Annual statistical returns and brief notes on vaccination in Bengal - 1887-1898
Year: 1887
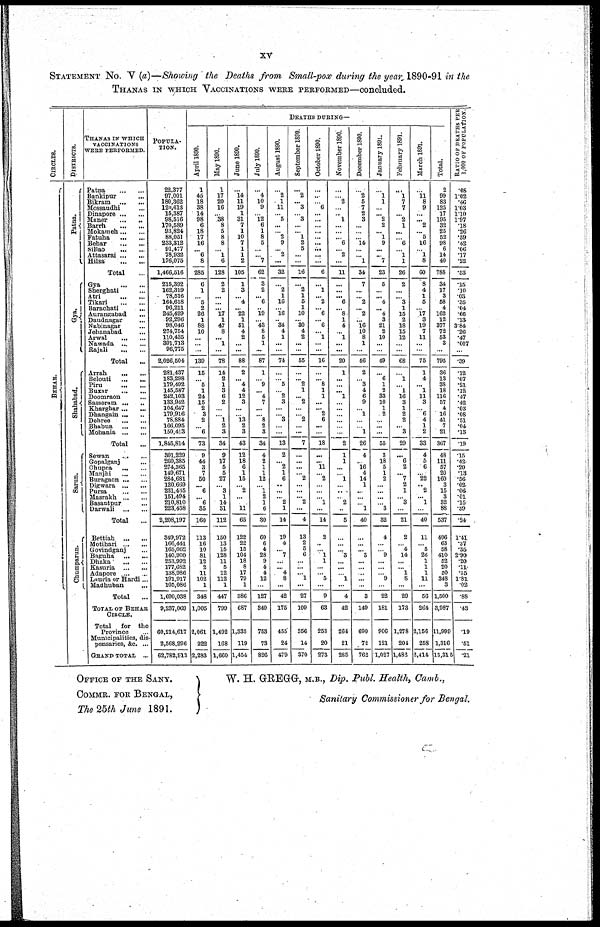
xv
STATEMENT No. V (a)—Showing the Deaths from Small-pox during the year 1890-91 in the
THANAS IN WHICH VACCINATIONS WERE PERFORMED—concluded.
CIRCLES.
BEHAR.
DISTRICTS.
Patna.
Gya.
Sha ha ba d.
Sarun.
Chumparun.
THANAS IN WHICH
VACCINATIONS
WERE PERFORMED.
Patna
...
...
Bankipur ...
Bikram
...
Mossaudhi ...
Dinapore
...
...
Maner
...
...
Barrh
...
...
Mokameh ... ...
Fatuha
...
...
Behar
...
...
Sillao
...
...
Attasarai
...
...
... ...
Total ...
Gya
...
...
Sherghati ...
Atri
...
...
Tikari
...
...
Barachati
...
Aurangabad
...
Daudnagar ...
Nabinagar ...
Jehanabad ...
Arwal
...
...
Nawada
...
...
Rajali
... ...
Total ...
Arrah
...
...
Belouti
...
...
Piru
...
...
Buzar ... ...
Doomraon ...
Sasseram
...
...
Kharghar ... ...
Dhangain ... ...
Dehree
...
...
Bhabua
...
...
Mohania
...
...
Total ...
Sewan
...
...
Gopalganj
...
Chupra
...
...
Manjhi
...
...
Buragaon
...
...
Digwara
...
...
Pursa
...
...
Masrakh
...
...
Basantpur ...
Darwali
...
...
Total
...
Bettiah
...
...
Motihari
...
...
Govindganj ...
Baguha
...
...
Dhaka
...
...
Kasuria
...
...
Adapore
...
...
Laucia or Hardi ...
Madhuban
...
Total ...
TOTAL OF BEHAR
CIRCLE.
Total
for the
Province
Municipalities, dis-
pensaries, &c. ...
GRAND TOTAL ...
POPULA-
----.
22,377
97,001
180,362
120,613
15,387
98,516
170,689
93,824
88,051
233,312
91,477
78,932
176,075
1,466,516
215,392
162,319
78,516
164,618
96,211
245,429
92,296
98,046
274,754
110,435
391,713
96,775
2,026,504
281,437
183,298
179,492
145,587
242,103
133,942
104,647
179,916
78,884
166,095
150,413
1,845,814
301,229
260,385
274,365
149,671
284,681
120,669
231,435
151,494
210,810
223,458
2,208,197
349,972
166,441
165,062
140,900
253,992
177,682
138,986
191,917
105,086
1,690,038
9,237,069
60,214,617
2,568,296
62,782,913
DEATHS DURING—
April 1890.
1
45
18
38
14
98
6
18
17
16
... 6
8
285
6
1
... 5
2
26
1
88
10
...
...
...
139
15
... 5
1
24
15
2
3
2
... 6
73
9
44
3
7
50
... 6
... 6
35
160
113
16
10
81
12
2
11
102
1
348
1,005
2,061
222
2,283
May 1890.
1
17
20
16
... 38
8
5
8
8
... 1
6
128
2
2
...
...
... 17
1
47
8
... 1
...
78
14
2
1
3
6
2
...
... 1
2
3
34
9
17
5
5
27
... 3
1
14
31
112
150
13
15
128
11
5
12
112
1
447
799
1,492
168
1,660
June 1890.
...
14
11
19
1
31
7
1
10
7
1
1
2
105
1
3
... 4
... 22
1
51
4
2
...
...
88
2
... 4
4
12
3
...
... 13
2
3
43
12
18
6
1
15
... 2
...
... 11
65
122
22
15
104
18
8
17
79
1
386
687
1,335
119
1,454
July 1890.
...
4
10
9
... 12
6
1
8
5
...
... 7
62
3
2
... 6
... 19
... 43
8
5
1
...
87
1
... 9
... 4
7
...
... 8
2
3
34
4
2
1
1
12
... 1
2
1
6
30
60
6
4
28
9
4
4
12
...
127
340
753
78
826
August 1890.
...
2
1
11
... 5
...
... 2
9
... 2
...
32
...
2
1
16
... 16
.. 34
4
1
...
...
74
...
... 5
... 2
3
...
... 3
...
...
13
2
... 2
1
6
...
...
... 2
1
14
19
4
... 7
...
... 4
8
...
42
175
455
24
479
September 1890.
...
2
... 3
... 3
...
... 1
2
5
...
...
16
...
2
1
5
1
10
... 30
4
2
...
...
55
...
... 2
1
... 2
...
... 2
...
...
7
...
...
...
... 2
...
...
... 2
...
4
13
2
5
6
...
...
... 1
...
27
109
356
14
370
October 1890.
...
...
... 6
...
...
...
...
...
...
...
...
...
6
...
1
... 2
... 6
... 6
... 1
...
...
16
...
... 8
1
1
...
... 2
6
...
...
18
...
... 11
... 2
...
...
... 1
...
14
2
...
... 1
1
...
... 5
...
9
63
253
20
273
November 18901
...
... 2
...
... 1
...
...
... 6
... 2
...
11
...
...
... 6
... 8
1
4
... 1
...
...
20
1
...
...
... 1
...
...
...
...
...
...
2
1
1
...
... 1
...
...
... 2
...
5
...
...
... 3
...
...
... 1
...
4
42
264
21
285
December 1890.
...
2
5
7
2
3
...
...
... 14
...
... 1
34
7
...
... 2
... 2
... 16
10
8
1
...
46
2
... 3
4
6
9
... 1
...
... 1
26
4
... 16
4
14
1
...
...
... 1
40
...
...
... 3
...
...
...
...
...
3
149
690
72
763
January 1891.
...
1
1
...
... 2
2
... 1
9
...
... 7
23
5
...
... 4
... 4
3
21
2
10
...
...
49
...
6
1
2
33
10
1
2
...
...
...
55
3
18
5
1
2
...
...
...
... 3
32
4
...
... 9
...
...
... 9
...
22
181
906
121
1,027
February 1891.
...
1
7
7
... 2
1
...
... 6
... 1
1
26
2
...
... 3
1
15
2
18
15
12
...
...
68
...
1
... 1
16
3
1
2
2
... 3
29
...
6
2
... 7
2
1
... 3
...
21
2
... 4
14
...
... 1
8
...
29
173
1,278
204
1,482
March 1891.
...
11
8
9
...
... 2
... 5
16
... 1
8
60
8
4
1
5
... 17
3
19
7
11
...
...
75
1
4
... 1
11
3
... 6
4
1
2
33
4
5
6
... 22
.. 2
... 1
...
40
11
... 5
26
1
1
1
11
...
56
264
2,156
258
2,414
Total.
2
99
83
125
17
195
32
25
52
98
6
14
40
788
34
17
3
58
4
162
12
377
72
53
3
...
795
36
13
38
18
116
57
4
16
41
7
21
367
48
111
57
20
160
3
15
3
32
88
537
496
63
58
410
52
20
50
348
3
1,500
3,987
11,999
1,316
13,315
RATIO OF DEATHS PER
1,000 OF POPULATION.
.08
1.02
.46
1.03
1.10
1.97
.18
.26
.59
.42
.06
.17
.22
.53
.15
.10
.03
.35
.04
.66
.13
3.84
.26
.47
.007
...
.39
.12
.07
.21
.12
.47
.42
.03
.08
.51
.04
.13
.19
.15
.42
.20
.13
.56
.02
.06
.01
.15
.39
.24
1.41
.37
.35
2.90
.20
.11
.35
1.81
.02
.88
.43
.19
.51
.21
OFFICE OF THE SANY.
COMMR. FOR BENGAL,
The 25th June 1891.
W. H. GREGG, M.B., Dip. Publ. Health, Camb.,
Sanitary Commissioner for Bengal.